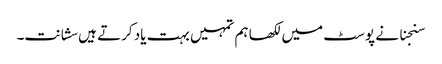
سنجنا نے پوسٹ میں لکھا ہم تمہیں بہت یاد کرتے ہیں سشانت۔